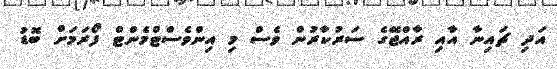
އަދި ޗައިނާ އާއި ރާއްޖޭގެ ސަރުކާރުން ވެސް މި އިންވެސްޓްމެންޓް ފޯރަމަށް ބޮޑު